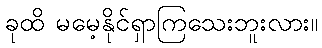
ခုထိ မမေ့နိုင်ရှာကြသေးဘူးလား။